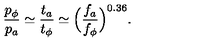
\frac { p _ { \phi } } { p _ { a } } \simeq \frac { t _ { a } } { t _ { \phi } } \simeq \Big ( \frac { f _ { a } } { f _ { \phi } } \Big ) ^ { 0 . 3 6 } .